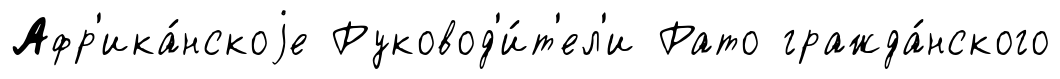
Афр'ика́нскоjе Руковод'и́т'ел'и Рато гражда́нского